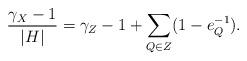
LaTeX: \begin{align*} \frac{\gamma_X -1}{|H|} = \gamma_Z -1 + \sum_{Q\in Z}(1-e_Q^{-1}).\end{align*}